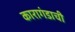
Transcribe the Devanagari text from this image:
कारागंडाची